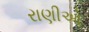
રાણીઓ